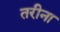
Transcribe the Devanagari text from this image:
तरीना